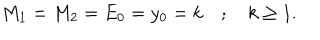
M _ { 1 } = M _ { 2 } = E _ { 0 } = y _ { 0 } = k \quad ; \quad k \ge 1 .